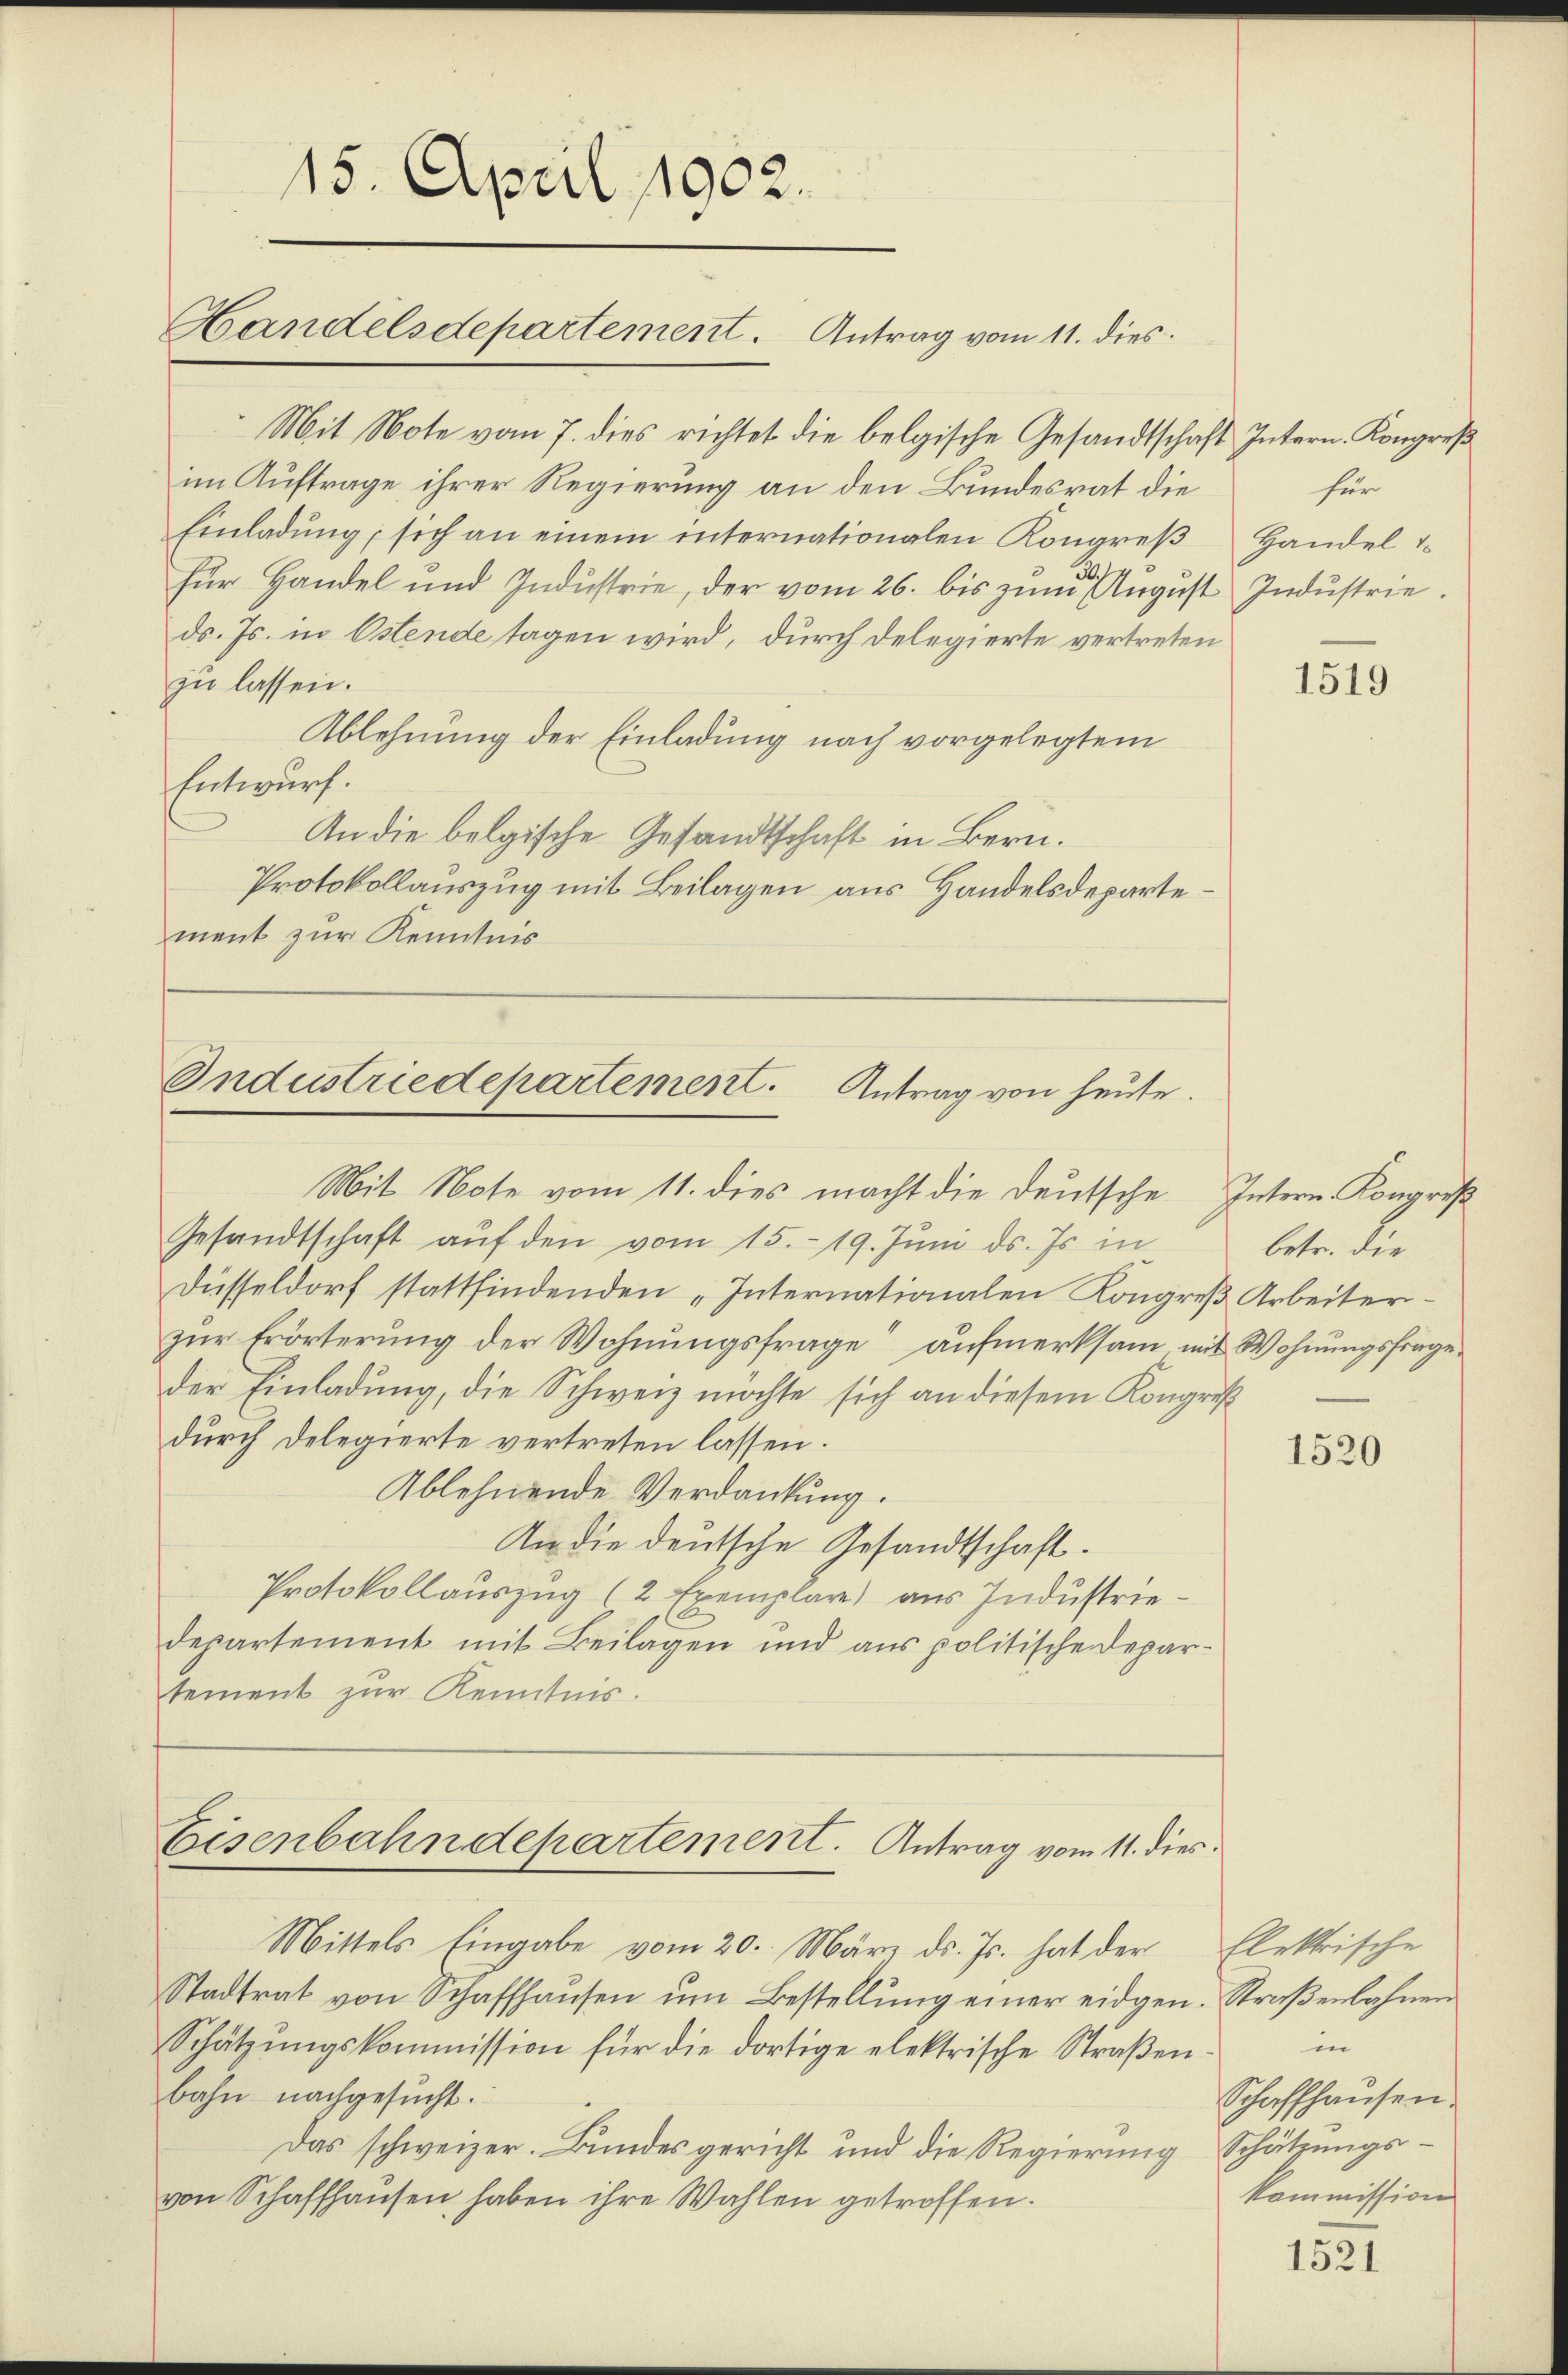
Mit Note vom 7. dies richtet die belgische Gesandtschaft Intern. Kongreß
im Auftrage ihrer Regierung an den Bundesrat die
Einladŭng, sich an einem internationalen Kongreβ Handel t
für Handel und Industrie, der vom 26. bis zum August Industrieds. Js. in Ostende tagen wird, durch delegierte vertreten
zu lassen.
Ablehnung der Einladung nach vorgelegtem
Entwurf.
An die belgische Gesandtschaft in Bern.
Protokollauszug mit Beilagen aus Handelsdepartement zur Kenntnis

15. April 1902.
Handelsdepartement. Antrag vom 11. dies

Industriedepartement. Antrag von heute.
Mit Note vom 11. dies macht die Deutsche Intern. Kongreß

Mittels Eingabe vom 20. März ds. Js. hat der
Stadtrat von Schaffhaŭsen ŭm Bestellŭng einer eidge¬
Schätzŭngskommission für die dortige elektrische Straβen-
bahn nachgesucht.
Das schweizer. Bundesgericht und die Regierung Schätzungsvon Schaffhausen haben ihre Wahlen getroffen.

Gesandtschaft aŭf den vom 15. 19. Juni d. Js. in
Düsseldorf stattfindenden „Internationalen Kongreß Arbeiterzur Erörterung der Wohnungsfrage“ aufmerksam mit Wohnungsfrage
der Einladung, die Schweiz möchte sich an diesem Kongreß
durch Delegierte vertreten lassen.
Ablehnende Verdankung.
In die deutsche Gesandtschaft.
Protokollauszug (2 Exemplare) aus Industriedepartement mit Beilagen und aus politische Departement zur Kenntnis.

Eisenbahndepartement. Antrag vom 11. dies

für
2

1519

betr. die

1520

Elektrische
u. Straßenbahnen
in
Schaffhausen.
kommission

1521